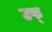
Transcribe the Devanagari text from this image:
उफ्‌